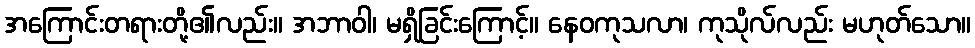
အကြောင်းတရားတို့၏လည်း။ အဘာဝါ၊ မရှိခြင်းကြောင့်။ နေဝကုသလာ၊ ကုသိုလ်လည်း မဟုတ်သော။